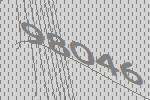
98046